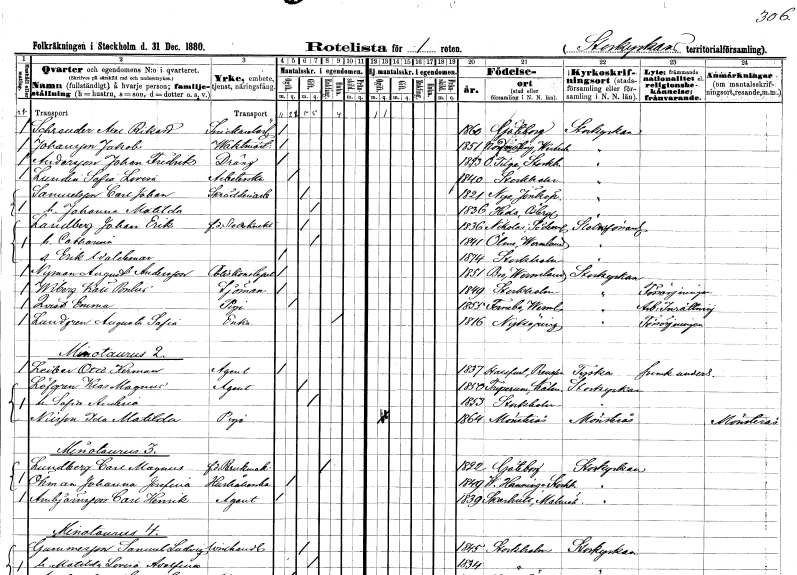
gt_parse: households: individuals: FN: Axel Rikard
EN: Sckreuder
YRKE: Snickarelärling
KON: M
CIV: O
FODAR: 1860
FODFORS: Göteborg Göteborgs- och Bohuslän
FN: Jakob
EN: Johansson
YRKE: Vaktmästare
KON: M
CIV: O
FODAR: 1851
FODFORS: Nordmaling Västerbottens län
FN: Johan Fredrik
EN: Andersson
YRKE: Dräng
KON: M
CIV: O
FODAR: 1853
FODFORS: Östertälje Stockholms län
FN: Sofia Lovisa
EN: Lundin
YRKE: Arbeterska
KON: K
CIV: O
FODAR: 1840
FODFORS: Stockholm
FN: Carl Johan
EN: Samuelsson
YRKE: Skrädderiarbetare
KON: M
CIV: G
FODAR: 1821
FODFORS: Nye Jönköpings län
FN: Johanna Matilda
KON: K
CIV: G
FODAR: 1836
FODFORS: Heda Östergötlands län
FN: Johan Erik
EN: Landberg
YRKE: Slottsknekt f.d.
KON: M
CIV: G
FODAR: 1836
FODFORS: Nikolai Södermanlands län
FN: Catharina
KON: K
CIV: G
FODAR: 1841
FODFORS: Ölme Värmlands län
FN: Erik Waldemar
KON: M
CIV: O
FODAR: 1874
FODFORS: Stockholm
FN: August
EN: Nyman Andersson
YRKE: Poliskonstapel
KON: M
CIV: O
FODAR: 1851
FODFORS: Bro Värmlands län
FN: Käll Pontus
EN: Wiking
YRKE: Sjöman
KON: M
CIV: O
FODAR: 1849
FODFORS: Stockholm
FN: Emma
EN: Qvast
YRKE: Piga
KON: K
CIV: O
FODAR: 1855
FODFORS: Färnebo Värmlands län
FN: Augusta Sofia
EN: Lundgren
YRKE: Änka
KON: K
CIV: E
FODAR: 1816
FODFORS: Nyköping Södermanlands län
FN: Otto Herman
EN: Leiber
YRKE: Agent
KON: M
CIV: O
FODAR: 1837
FN: Klas Magnus
EN: Löfgren
YRKE: Agent
KON: M
CIV: G
FODAR: 1850
FODFORS: Tryserum Östergötlands län
FN: Sofia Amalia
KON: K
CIV: G
FODAR: 1853
FODFORS: Stockholm
FN: Ida Matilda
EN: Nilsson
YRKE: Piga
KON: K
CIV: O
FODAR: 1864
FODFORS: Mönsterås Kalmar län
FN: Carl Magnus
EN: Lundberg
YRKE: Brukmakare f.d.
KON: M
CIV: E
FODAR: 1822
FODFORS: Göteborg Göteborgs- och Bohuslän
FN: Johanna Josefina
EN: Öhman
YRKE: Hushållerska
KON: K
CIV: O
FODAR: 1849
FODFORS: Västerhaninge Stockholms län
FN: Carl Henrik
EN: Ambjörnsson
YRKE: Agent
KON: M
CIV: O
FODAR: 1839
FODFORS: Skarhult Malmöhus län